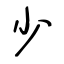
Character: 少